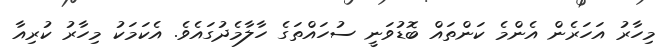
މިހާރު އަހަރެން އެންމެ ކަންތައް ބޮޑުވަނީ ސުހައްތަގެ ހާލާމެދުގައެވެ. އެކަމަކު މިހާރު ކުރިއާ